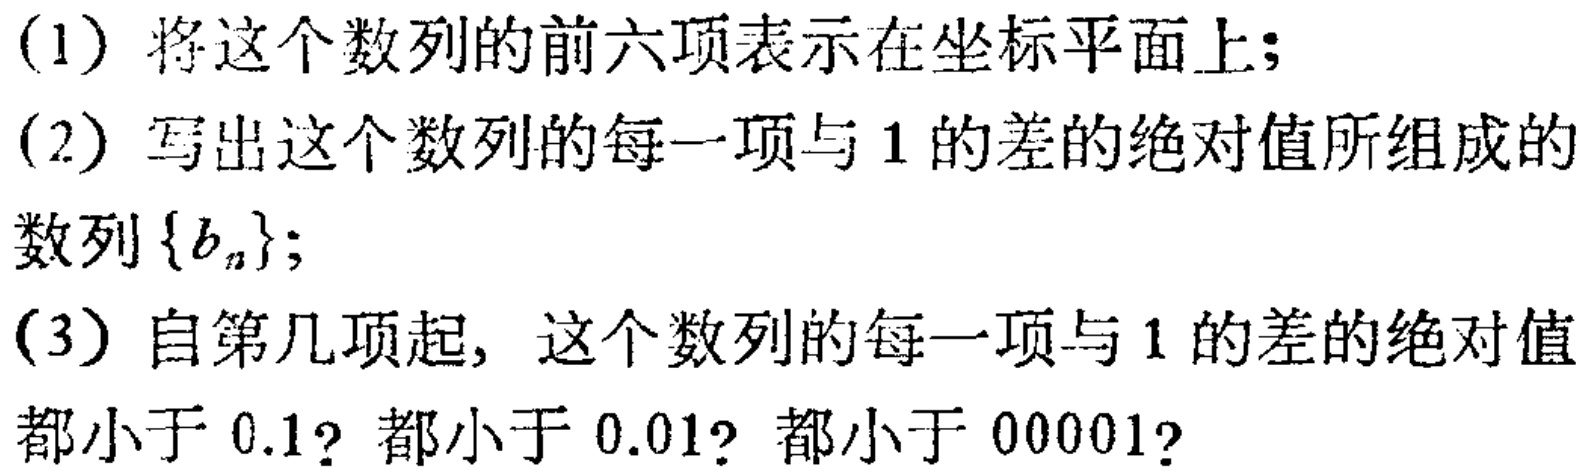
(1) 将这个数列的前六项表示在坐标平面上；

(2) 写出这个数列的每一项与 \(1\) 的差的绝对值所组成的数列\(\{b_{n}\}\)；

(3) 自第几项起，这个数列的每一项与 \(1\) 的差的绝对值都小于 \(0.1\)？都小于 \(0.01\)？都小于 \(0.00001\)？